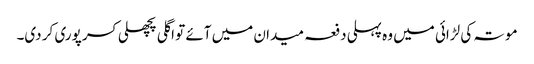
موتہ کی لڑائی میں وہ پہلی دفعہ میدان میں آئے تو اگلی پچھلی کسر پوری کر دی۔